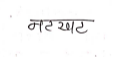
मजकूर: नटखट